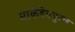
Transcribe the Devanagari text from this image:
मार्कडेयपुरण